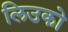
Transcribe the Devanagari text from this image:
लिउको